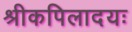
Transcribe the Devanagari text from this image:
श्रीकपिलादयः